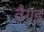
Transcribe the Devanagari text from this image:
वैगइ